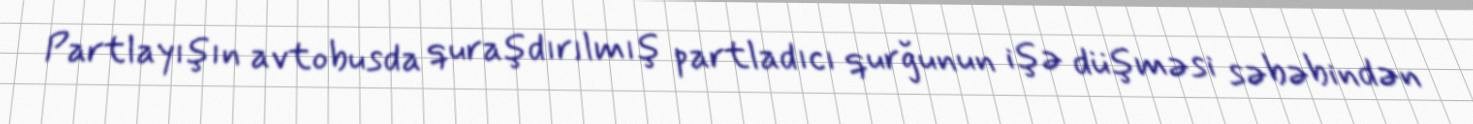
Partlayışın avtobusda quraşdırılmış partladıcı qurğunun işə düşməsi səbəbindən